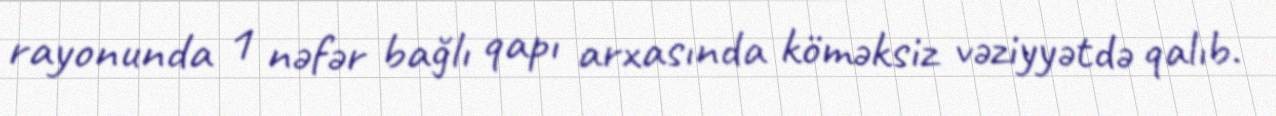
rayonunda 1 nəfər bağlı qapı arxasında köməksiz vəziyyətdə qalıb.